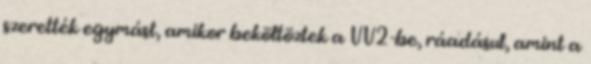
szerették egymást, amikor beköltöztek a VV2-be, ráadásul, amint a